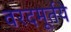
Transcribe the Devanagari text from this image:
वरदमूर्तये